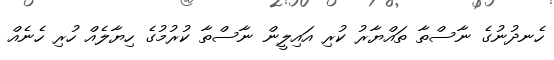
ހެނދުނުގެ ނާސްތާ ތައްޔާރު ކުރި އައިލީން ނާސްތާ ކުރުމުގެ ހިޔާލެއް ހުރި ހެނެއް